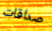
صداقات